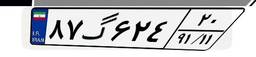
۸۷گ۶۲۴۲۰